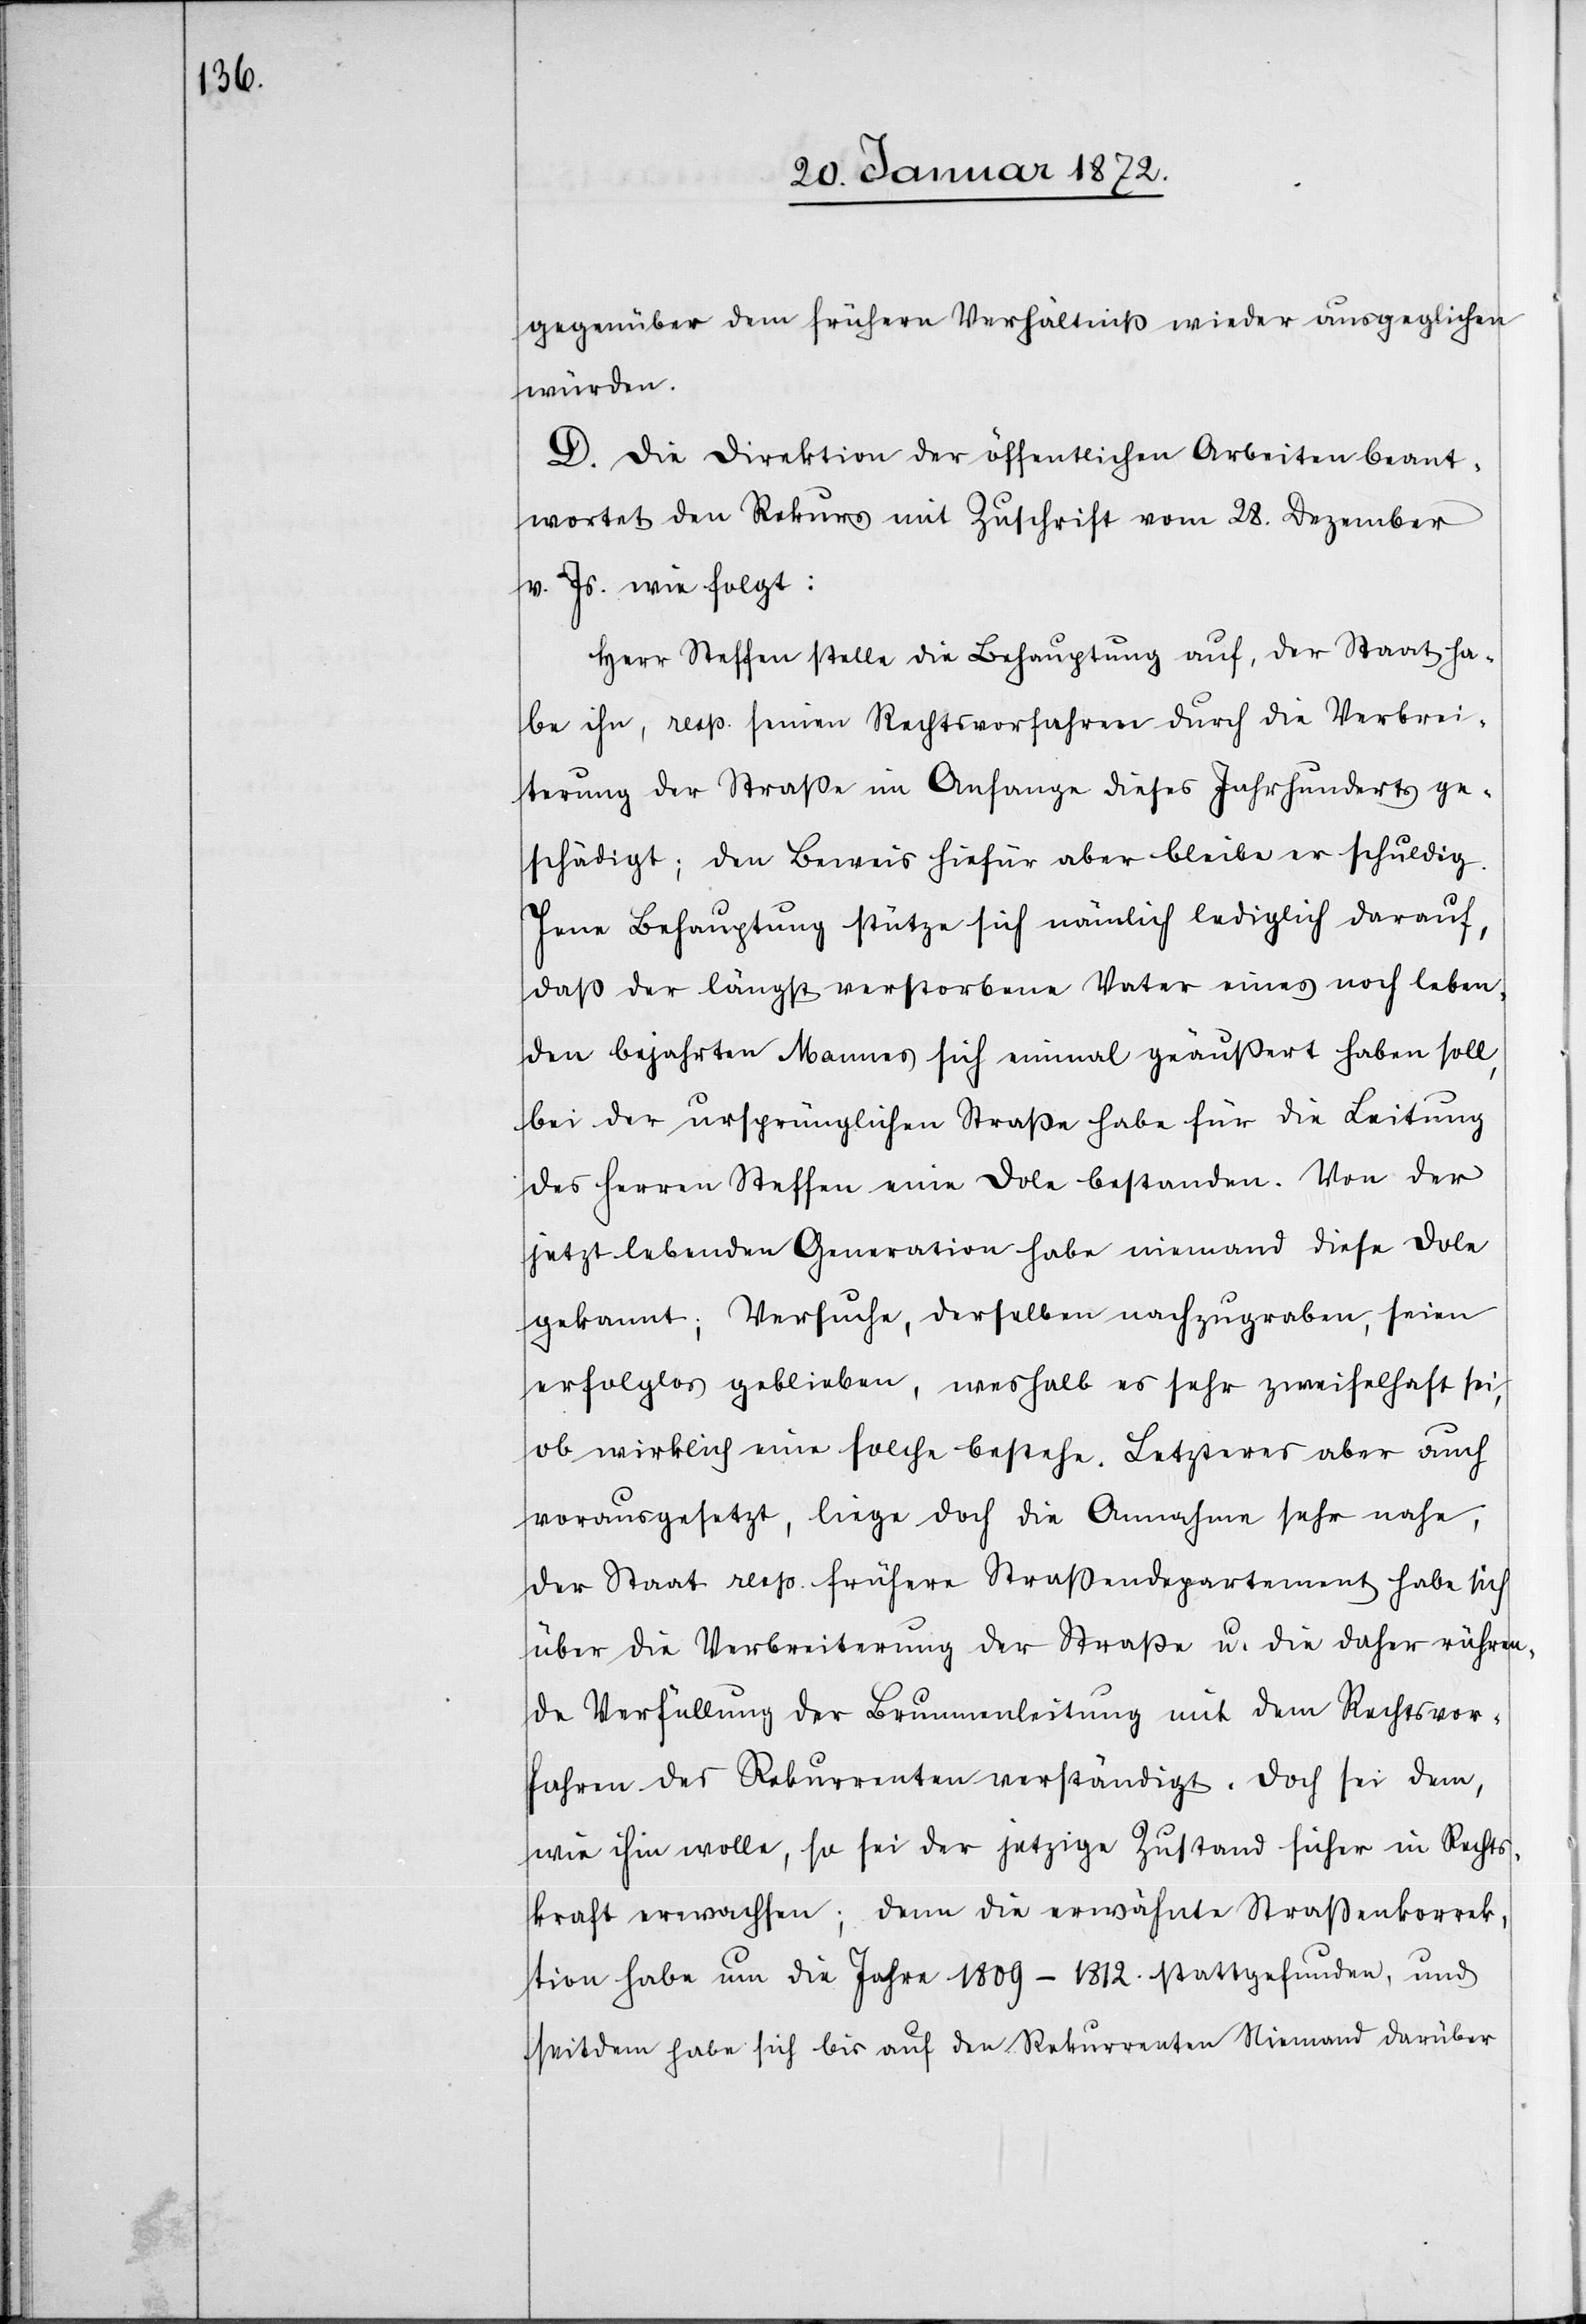
gegenüber dem frühern Verhältniß wieder ausgeglichen
würden.
D. Die Direktion der öffentlichen Arbeiten beant¬
wortet den Rekurs mit Zuschrift vom 28. Dezember
v. Js. wie folgt:
Herr Steffen stelle die Behauptung auf, der Staat ha¬
be ihn, resp. seinen Rechtsvorfahren durch die Verbrei¬
terung der Straße im Anfange dieses Jahrhunderts ge¬
schädigt; den Beweis hiefür aber bleibe er schuldig.
Jene Behauptung stütze sich nämlich lediglich darauf,
daß der längst verstorbene Vater eines noch leben¬
den bejahrten Mannes sich einmal geäußert haben soll,
bei der ursprünglichen Straße habe für die Leitung
des Herren Steffen eine Dole bestanden. Von der
jetzt lebenden Generation habe niemand diese Dole
gekannt; Versuche, derselben nachzugraben, seien
erfolglos geblieben, weshalb es sehr zweifelhaft sei,
ob wirklich eine solche bestehe. Letzteres aber auch
vorausgesetzt, liege doch die Annahme sehr nahe,
der Staat resp. frühere Straßendepartement habe sich
über die Verbreiterung der Straße u. die daher rühren¬
de Verfüllung der Brunnenleitung mit dem Rechtsvor¬
fahren des Rekurrenten verständigt. Doch sei dem,
wie ihm wolle, so sei der jetzige Zustand sicher in Rechts¬
kraft erwachsen; denn die erwähnte Straßenkorrek¬
tion habe um die Jahre 1809–1812. stattgefunden, und
seitdem habe sich bis auf den Rekurrenten Niemand darüber